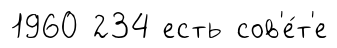
1960 234 есть сов'е́т'е